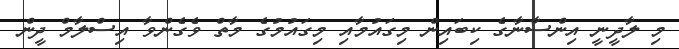
މި ލާދީނީ އިންސާނާގެ ކިބައިން މިގައުމާއި މިގައުމުގެ މާތް ވެގެންވާ އިސްލާމް ދީން